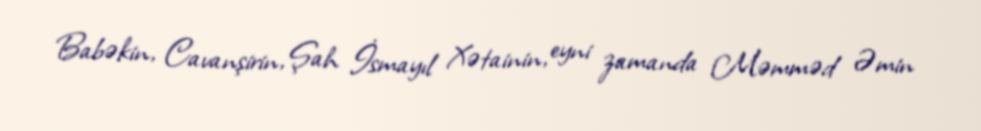
Babəkin, Cavanşirin, Şah İsmayıl Xətainin, eyni zamanda Məmməd Əmin